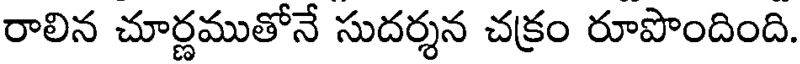
రాలిన చూర్ణముతోనే సుదర్శన చక్రం రూపొందింది.